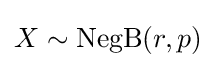
X\sim \operatorname {NegB} (r,p)